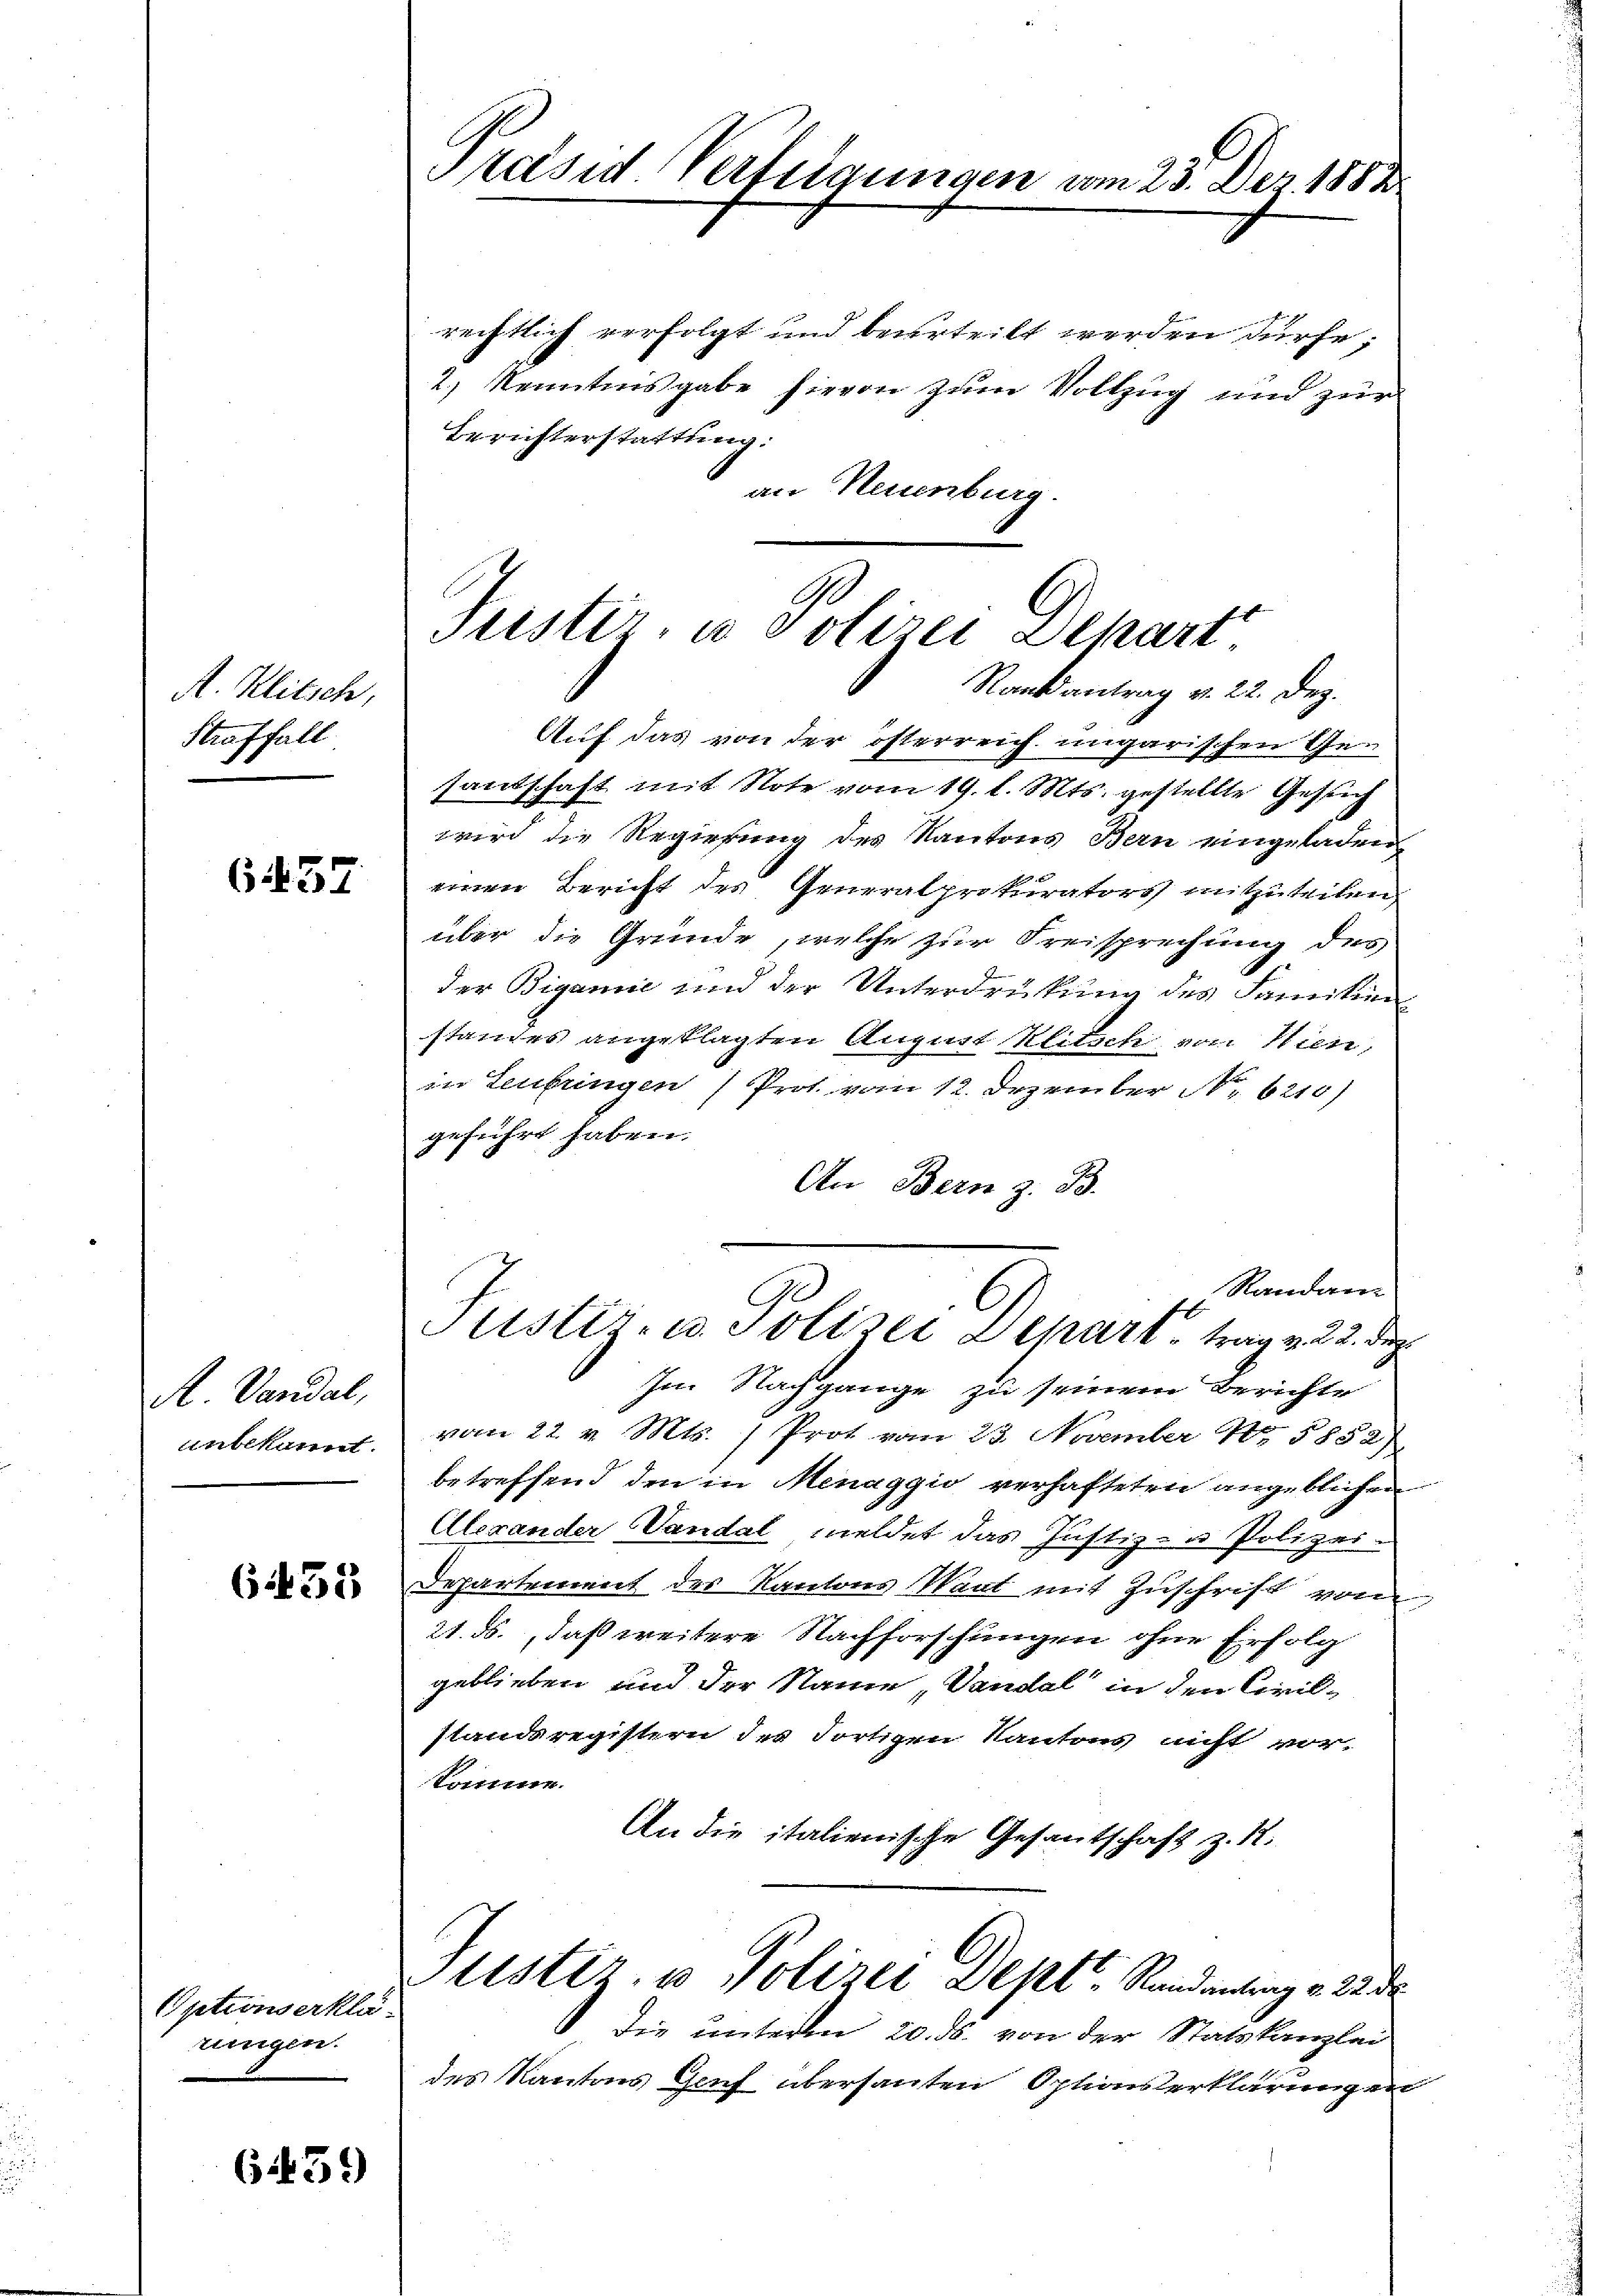
A. Klitsch,
Straffall

6457

N. Vandal,
unbekannt.

Optionserkläningen.

6453

6452)

Säsid Verfügungen am 23. Dez. 10

rechtlich verfolgt und beurteilt werden dürfe;
2.) Kenntnisgabe hievon zŭm Vollzug und zur
Berichterstattung:
an Neuenburg.

Frister, u votirei Separt
Rank antrag v. 22. Dez.
Auf das von der österreich ungarischen Ge-
santschaft mit Note vom 19. l. Mts. gestellte Gesuch
wird die Regierung des Kantons Bern eingeladen

einen Bericht des Generalprokurators mitzuteilen,
über die Gründe, welche zur Freisprechung des
der Bigane und der Unterdrückung des Famition
stames angeklagten August Klitsch von Kien-
in Leibringen 7 Prot. vom 12. Dezember Nr. 6216)
geführt haben.
An Bern z. B.
Randan-
Justiz- u. Polizei Depart trag v. 22. de
Im Nachgange zu seinem Berichte
vom 22. v. Mts. ) Prot vom 23. November N. 5852)
betreffend den in Menaggio verhafteten angeblichen
Alexander Vandal meldet das Justiz- u Polizei-
Departement der Kantons Sant mit Zuschrift von
21. ds., daß weitere Nachforschungen ohne Erfolg
geblieben und der Name „Vandal in den Civil-
standsregistern der dortigen Kantons nicht vor-
Somme.
An die italienische Gesantschaft z. R.

ustiz- u Polizei Dept. Randantrag v. 223
die unteren 20. ds. von der Statskanzlei

des Kantons Gruf übersanten Optionserklärungen

12